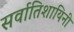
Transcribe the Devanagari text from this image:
सर्वातिशायिनी